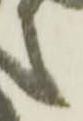
之